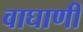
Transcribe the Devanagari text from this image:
वाघाणी